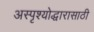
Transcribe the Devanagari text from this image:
अस्पृश्योद्धारासाठी